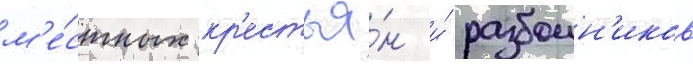
м'е́стных кр'естья́н и́ разбоин'иков